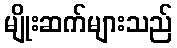
မျိုးဆက်များသည်